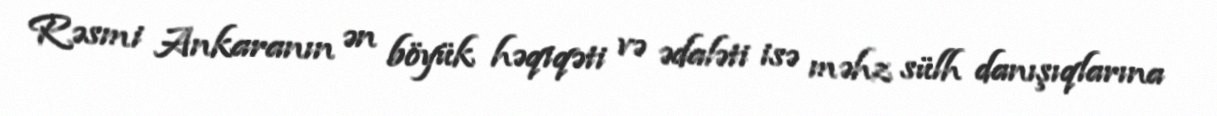
Rəsmi Ankaranın ən böyük həqiqəti və ədaləti isə məhz sülh danışıqlarına